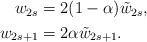
LaTeX: \begin{align*} \begin{aligned} w_{2s} &= 2(1-\alpha)\tilde{w}_{2s}, \\ w_{2s+1} &= 2\alpha \tilde{w}_{2s+1}. \end{aligned} \end{align*}